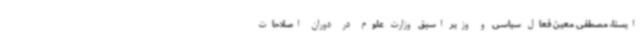
ایسنا، مصطفی معین فعال سیاسی و وزیر اسبق وزارت علوم در دوران اصلاحات